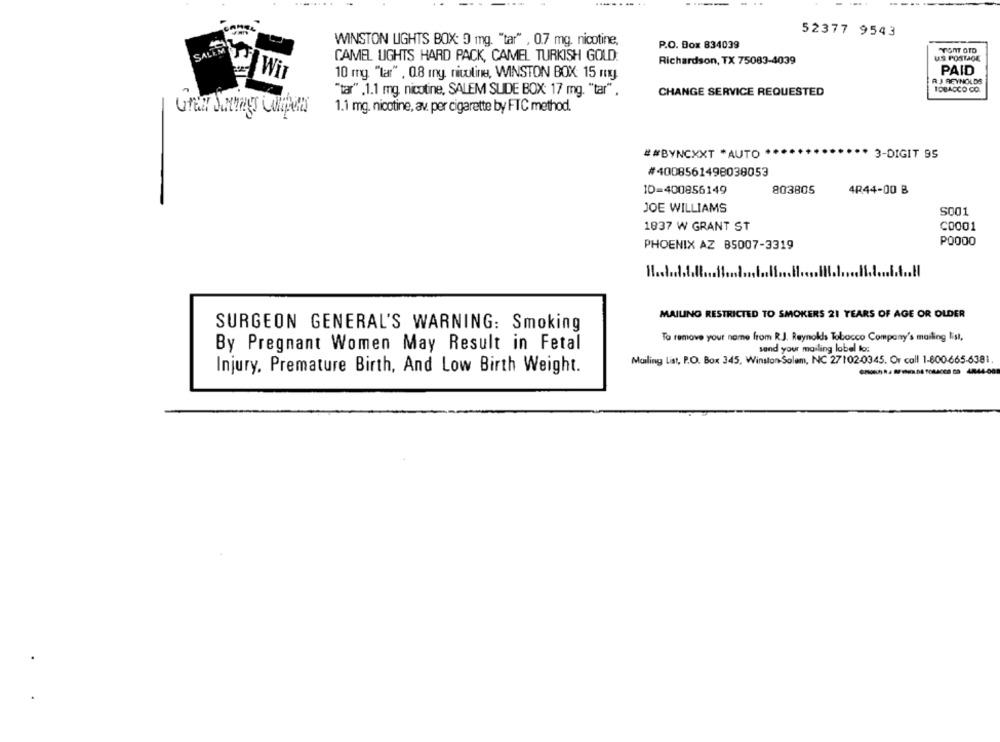
52377 9543
WINSTON LIGHTS BOX: 0 mg. "tar" , 0.7 mg. nicotine,
P.O. Box 834039
STUNT OTD
CAMEL LIGHTS HARD PACK, CAMEL TURKISH GOLD.
Richardson, TX 75083-4039
US POSTAGE
10 mg. "tar" , 0.8 ing. nicoline, WINSTON BOX: 15 my.
PAID
Wir
RJ REYNOLDS
TOBACCO CO.
"tar" .1.1 mg. nicotine, SALEM SUDE BOX: 17 mg. "tar" .
CHANGE SERVICE REQUESTED
1.1 mg. nicotine, av. per cigarette by FTC method.
##BYNCXXT *AUTO
3-DIGIT 95
#4008561498038053
10=400856149
803805
4R44-00 B
JOE WILLIAMS
S001
1837 W GRANT ST
C0001
PHOENIX AZ B5007-3319
PO000
11 .....
MAILING RESTRICTED TO SMOKERS 21 TEARS OF AGE OR OLDER
SURGEON GENERAL'S WARNING: Smoking
To remove your name from R.J. Reynolds Tobacco Company's mailing list,
By Pregnant Women May Result in Fetal
send your mailing label lor
Mailing List, P.O. Box 345, Winston-Salem, NC 27102:0345. Or call 1-800-665-6381.
Injury, Premature Birth, And Low Birth Weight.